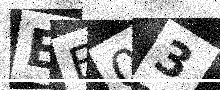
Text: EB03